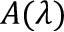
A ( \lambda )